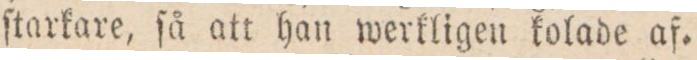
ſtarkare, ſå att han werkligen kolade af.